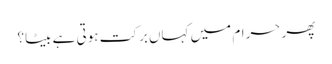
پھر حرام میں کہاں برکت ہوتی ہے بیٹا؟